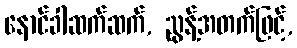
နောင်ခါဆက်ဆက်, ညွန့်အတက်ဖြင့်,